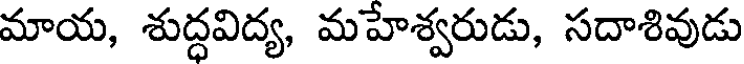
మాయ, శుద్ధవిద్య, మహేశ్వరుడు, సదాశివుడు